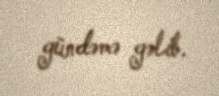
gündəmə gəlib.